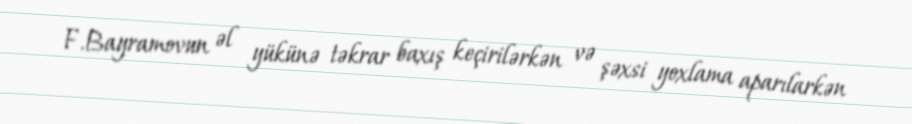
F.Bayramovun əl yükünə təkrar baxış keçirilərkən və şəxsi yoxlama aparılarkən